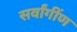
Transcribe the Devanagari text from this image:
सर्वांगींण